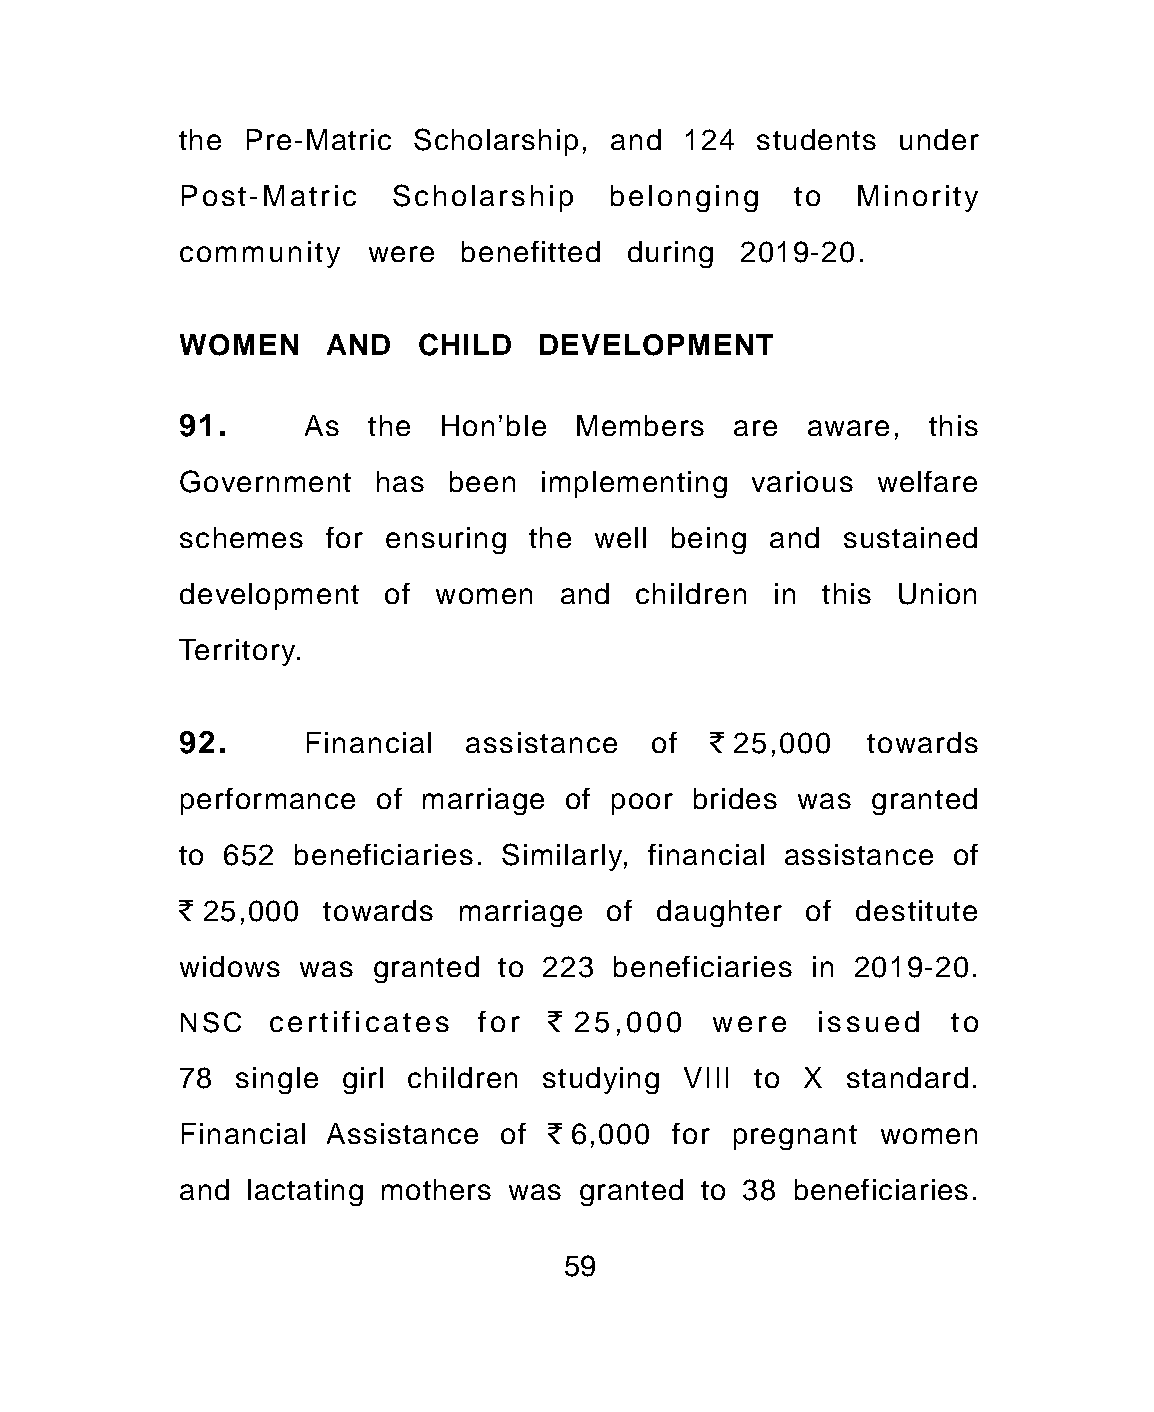
the Pre-Matric Scholarship, and  124  students under
 Post-Matric   Scholarship   belonging   to   Minority
 community   were  benefitted during  2019-20.
 WOMEN    AND   CHILD    DEVELOPMENT
 91.     As  the  Hon’ble  Members   are  aware,  this
 Government   has  been  implementing  various welfare
 schemes  for ensuring  the well being  and  sustained
 development  of  women   and  children in this Union
 Territory.
 92.     Financial  assistance  of  ` 25,000  towards
 performance  of marriage of poor  brides was  granted
 to 652 beneficiaries. Similarly, financial assistance of
 ` 25,000 towards  marriage  of daughter  of  destitute
 widows  was  granted to 223 beneficiaries in 2019-20.
 NSC   certificates for  ` 25,000   were   issued   to
 78 single  girl children studying VIII to X standard.
 Financial Assistance of ` 6,000 for pregnant  women
 and lactating mothers was granted to 38 beneficiaries.
 59